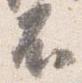
不